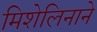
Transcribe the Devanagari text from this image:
मिशेलिनाने